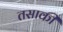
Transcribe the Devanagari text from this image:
तसाकी